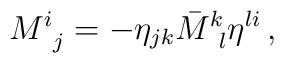
M^i_{\,\,\,j} = - \eta_{jk}\bar{M}^k_{\,\,\,l}\eta^{li}\,,